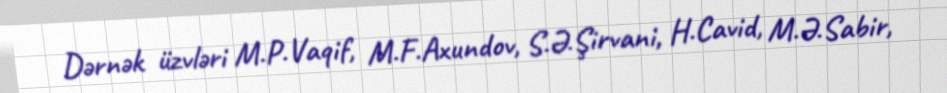
Dərnək üzvləri M.P.Vaqif, M.F.Axundov, S.Ə.Şirvani, H.Cavid, M.Ə.Sabir,